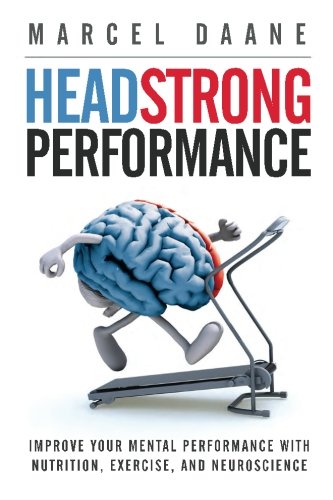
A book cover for Headstrong Performance: Improve Your Mental Performance With Nutrition, Exercise, and Neuroscience; Marcel Daane MS; Health, Fitness & Dieting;